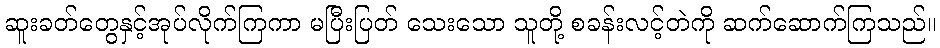
ဆူးခတ်တွေနှင့်အုပ်လိုက်ကြကာ မပြီးပြတ် သေးသော သူတို့ စခန်းလင့်တဲကို ဆက်ဆောက်ကြသည်။